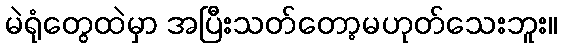
မဲရုံတွေထဲမှာ အပြီးသတ်တော့မဟုတ်သေးဘူး။